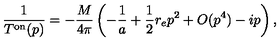
\frac { 1 } { T ^ { \mathrm { { o n } } } ( p ) } = - \frac { M } { 4 \pi } \left( - \frac { 1 } { a } + \frac { 1 } { 2 } r _ { e } p ^ { 2 } + O ( { p ^ { 4 } } ) - i p \right) ,